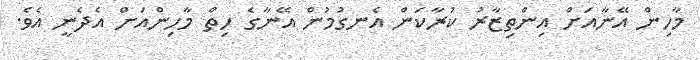
މާހިން އޭނާއަށް އިންތިޒާރު ކުރާކަން އެނގުމުން އޭނާގެ ހިތް މާހިންއަށް އެދެނީ އެވެ.